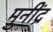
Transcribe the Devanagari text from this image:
मुनींद्र